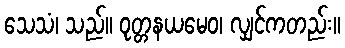
သေသံ၊ သည်။ ဝုတ္တနယမေဝ၊ လျှင်ကတည်း။